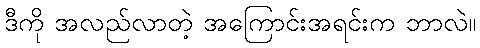
ဒီကို အလည်လာတဲ့ အကြောင်းအရင်းက ဘာလဲ။